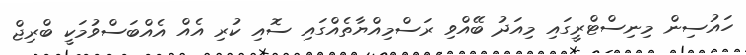
ހައުސިން މިނިސްޓްރީގައި މިއަދު ބޭއްވި ރަސްމިއްޔާތެއްގައި ސޮއި ކުރި އެއް އެއްބަސްވުމަކީ ބްރިޖް